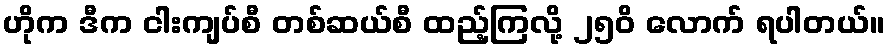
ဟိုက ဒီက ငါးကျပ်စီ တစ်ဆယ်စီ ထည့်ကြလို့ ၂၅၀ိ လောက် ရပါတယ်။